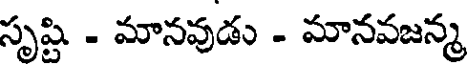
సృష్టి - మానవుడు - మానవజన్మ